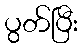
ပွတ်ပြီး